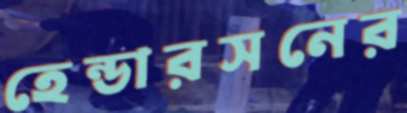
হেন্ডারসনের